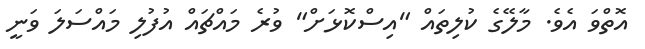
އޮތްވަ އެވެ. މާލޭގެ ކުލިތައް "އިސްކޮޅަށް" ވުރެ މައްޗައް އުފުލި މައްސަލަ ވަނީ